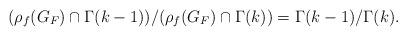
LaTeX: \begin{align*} (\rho_f(G_F) \cap \Gamma(k-1))/ (\rho_f(G_F) \cap \Gamma(k)) = \Gamma(k-1)/ \Gamma(k). \end{align*}